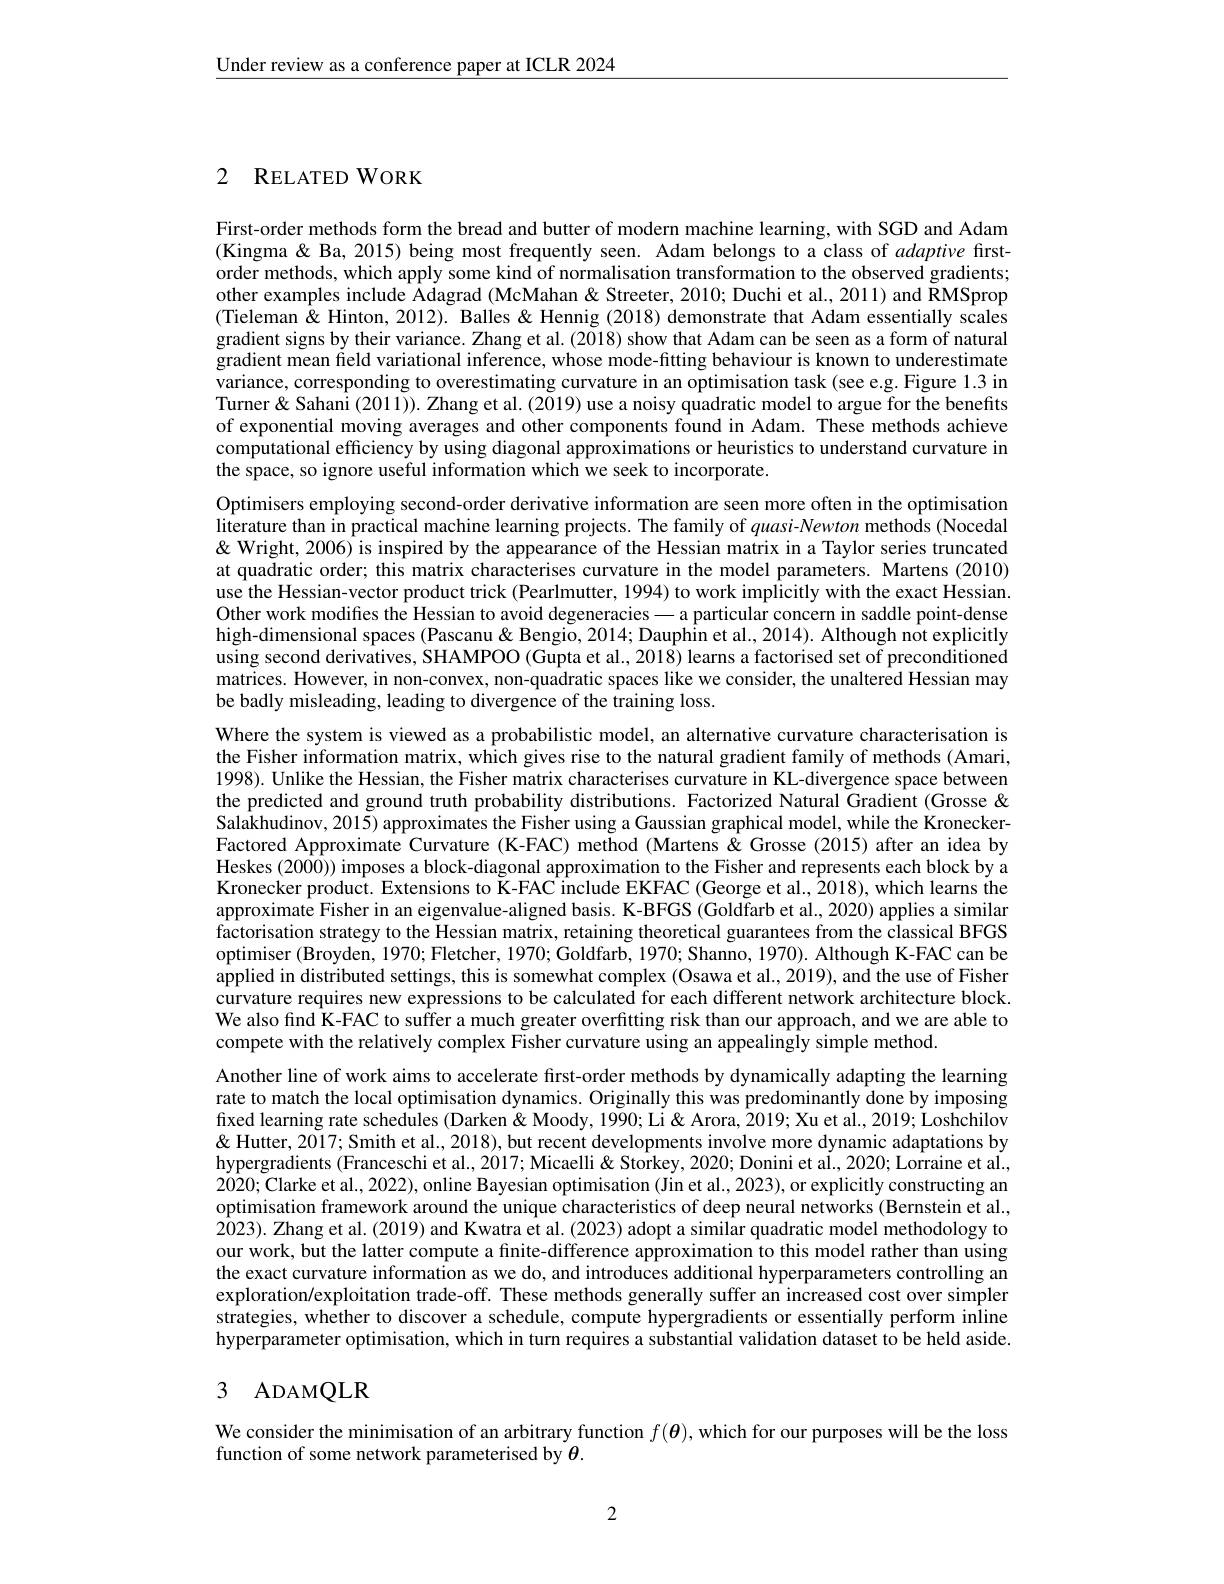
$\underline{\text{Under review as a conference paper at ICLR 2024}}$

2 RELATED WORK

First-order methods form the (Kingma & Ba, 2015) being most frequently seen. Adam belongs to a class of adaptive firstorder methods, which apply some kind of normalisation transformation to the observed gradients; other examples include Adagr (Tieleman $\hat{\&}$ Hinton, 2012). Balles & Hennig (2018) demonstrate that Adam essentially scales gradient signs by their vari variance, corresponding to overestimating curvature in an optimisation task (see e.g. Figure 1.3 in Turner& Sahani (2011)). Zhan of exponential moving averages and other components found in Adam. These methods achieve computational efficiency by the space, so ignore useful information which we seek to incorporate.
Optimisers employing secondliterature than in practical machine learning projects. The family of quasi-Newton methods (Nocedal $\&$ Wright, 2006) is inspired by the appearance of the Hessian matrix in a Taylor series truncated at quadratic order; this matrix characterises curvature in the model parameters. Martens (2010) use the Hessian-vector product trick (Pearlmutter, 1994) to work implicitly with the exact Hessian. Other work modifies the Hessian to avoid degeneracies— a particular concern in saddle point-dense high-dimensional spaces (Pascanu& Bengio, 2014; Dauphin et al., 2014). Although not explicitly using second derivatives, SHAMPOO (Gupta et al., 2018) learns a factorised set of preconditioned matrices. However, in non-convex, non-quadratic spaces like we consider, the unaltered Hessian may be badly misleading, leading to divergence of the training loss.
Where the system is viewed as a probabilistic model, an alternative curvature characterisation is the Fisher information matrix, which gives rise to the natural gradient family of methods (Amari, 1998). Unlike the Hessian, the Fisher matrix characterises curvature in KL-divergence space between the predicted and ground truth probability distributions. Factorized Natural Gradient (Grosse & $\hat{\text{Salakhudinov, 2015) approximates the Fisher using a Gaussian graphical model, while the Kronecker-}}$ Factored Approximate Curvature (K-FAC) method (Martens&Grosse (2015) after an idea by Heskes (2000)) imposes a block-diagonal approximation to the Fisher and represents each block by a Kronecker product. Extensions to K-FAC include EKFAC (George et al., $\hat{2}018)$, which learns ihe approximate Fisher in an eigenvalue-aligned basis. K-BFGS (Goldfarb et al., 2020) applies a similar factorisation strategy to the Hessian matrix, retaining theoretical guarantees from the classical BFGS optimiser (Broyden, 1970; Fletcher, 1970; Goldfarb, 1970; Shanno, 1970). Although K-FAC can be applied in distributed settings, this is somewhat complex (Osawa et al., 2019), and the use of Fisher curvature requires new expressions to be calculated for each different network architecture block. We also find K-FAC to suffer a much greater overfitting risk than our approach, and we are able to compete with the relatively complex Fisher curvature using an appealingly simple method.
Another line of work aims to accelerate first-order methods by dynamically adapting the learning rate to match the local optimisation dynamics. Originally this was predominantly done by imposing fixed learning rate schedules (Darken & Moody, 1990; Li & Arora, 2019; Xu et al., 2019; Loshchilov & ' Smith et al., 2018), but recent developments involve more dynamic adaptations by hypergradients (Franceschi et al., 2017; Micaelli& Storkey, 2020; Donini et al., 2020; Lorraine et al., 2020; Clarke et al., 2022), online Bayesian optimisation (Jin et al.. 2023), or explicitly constructing an optimisation framework around the unique characteristics of deep neural networks (Bernstein et al., 2023). Zhang et al. (2019) and Kwatra et al. (2023) adopt a similar quadratic model methodology to our work, but the latter compute a finite-difference approximation to this model rather than using the exact curvature information as we do, and introduces additional hyperparameters controlling an exploration/exploitation trade-off. These methods generally suffer an increased cost over simpler strategies, whether to discover a schedule, compute hypergradients or essentially perform inline hyperparameter optimisation, which in turn requires a substantial validation dataset to be held aside.

## 3 ADAMQLR

We consider the minimisation of an arbitrary function $f(\boldsymbol{\theta})$, which for our purposes will be the loss
function of some network parameterised by $\theta.$

2